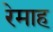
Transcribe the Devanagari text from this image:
रेमाह